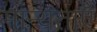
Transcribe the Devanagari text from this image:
मान्‍यताएँ